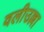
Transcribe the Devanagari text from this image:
वलीउल्ला